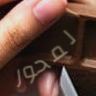
المحور